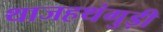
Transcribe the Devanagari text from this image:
थाजहथंगुड़ी